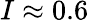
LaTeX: I\approx 0.6